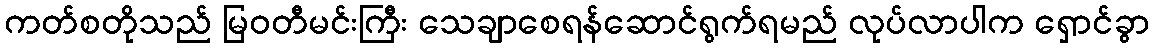
ကတ်စတိုသည် မြဝတီမင်းကြီး သေချာစေရန်ဆောင်ရွက်ရမည် လုပ်လာပါက ရှောင်ခွာ